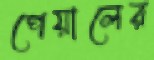
পেয়ালের